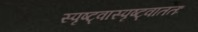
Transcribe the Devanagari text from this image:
स्पृष्ट्वास्पृष्ट्वाततः